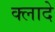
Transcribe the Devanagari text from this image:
क्लादे